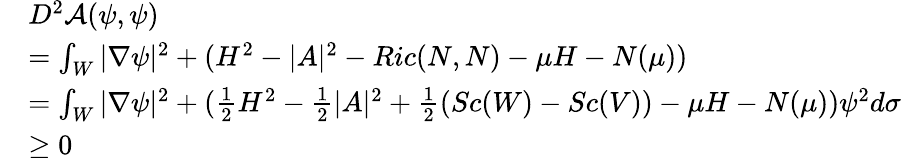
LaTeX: \begin{array}{rl}&{D^{2}\mathcal{A}(\psi,\psi)}\\ &{=\int_{W}|\nabla\psi|^{2}+(H^{2}-|A|^{2}-Ric(N,N)-\mu H-N(\mu))}\\ &{=\int_{W}|\nabla\psi|^{2}+(\frac{1}{2}H^{2}-\frac{1}{2}|A|^{2}+\frac{1}{2}(Sc(W)-Sc(V))-\mu H-N(\mu))\psi^{2}d\sigma}\\ &{\ge 0}\end{array}